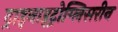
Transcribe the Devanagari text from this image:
ट्राइनाइट्रोग्लिसरीन